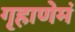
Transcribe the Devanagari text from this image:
गृहाणेमं